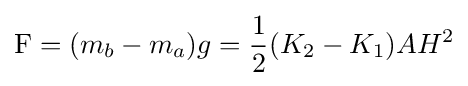
{\text{F}}=(m_{b}-m_{a})g={\frac {1}{2}}(K_{2}-K_{1})AH^{2}